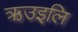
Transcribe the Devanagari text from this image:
ऋउइलि